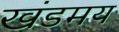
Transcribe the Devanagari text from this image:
खंडमय